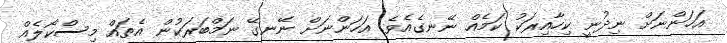
އަހަންނަށް ނިދުނީ ކިހާއިރަކު ކަމެއް ނޭނގެއެވެ. އަހަންނަށް ނޭނގޭ ނަމްބަރަކުން އެތައް މިސްކޯލެއް